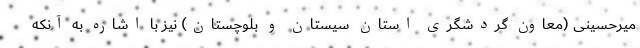
میرحسینی (معاون گردشگری استان سیستان و بلوچستان) نیز با اشاره به آنکه